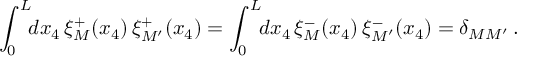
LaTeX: \int _ { 0 } ^ { L } \! \! d x _ { 4 } \, \xi _ { M } ^ { + } ( x _ { 4 } ) \, \xi _ { M ^ { \prime } } ^ { + } ( x _ { 4 } ) = \int _ { 0 } ^ { L } \! \! d x _ { 4 } \, \xi _ { M } ^ { - } ( x _ { 4 } ) \, \xi _ { M ^ { \prime } } ^ { - } ( x _ { 4 } ) = \delta _ { M M ^ { \prime } } \, .